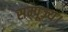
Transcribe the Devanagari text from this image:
सम्पूज्य।